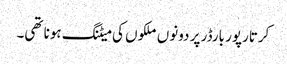
کرتارپور بارڈر پر دونوں ملکوں کی میٹنگ ہونا تھی۔